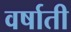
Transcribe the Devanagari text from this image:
वर्षाती